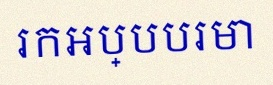
រកអប្បបរមា